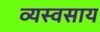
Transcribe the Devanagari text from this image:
व्यस्वसाय